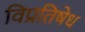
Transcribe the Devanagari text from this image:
विप्रतिषेध